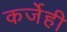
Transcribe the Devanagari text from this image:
कर्जेही